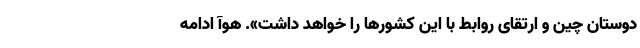
دوستان چین و ارتقای روابط با این کشورها را خواهد داشت». هوآ ادامه